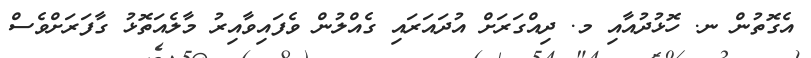
އެގޮތުން ނ. ހޮޅުދުއާއި މ. ދިއްގަރަށް އުދައަރައި ގެއްލުން ވެފައިވާއިރު މާލެއަތޮޅު ގާފަރަށްވެސް